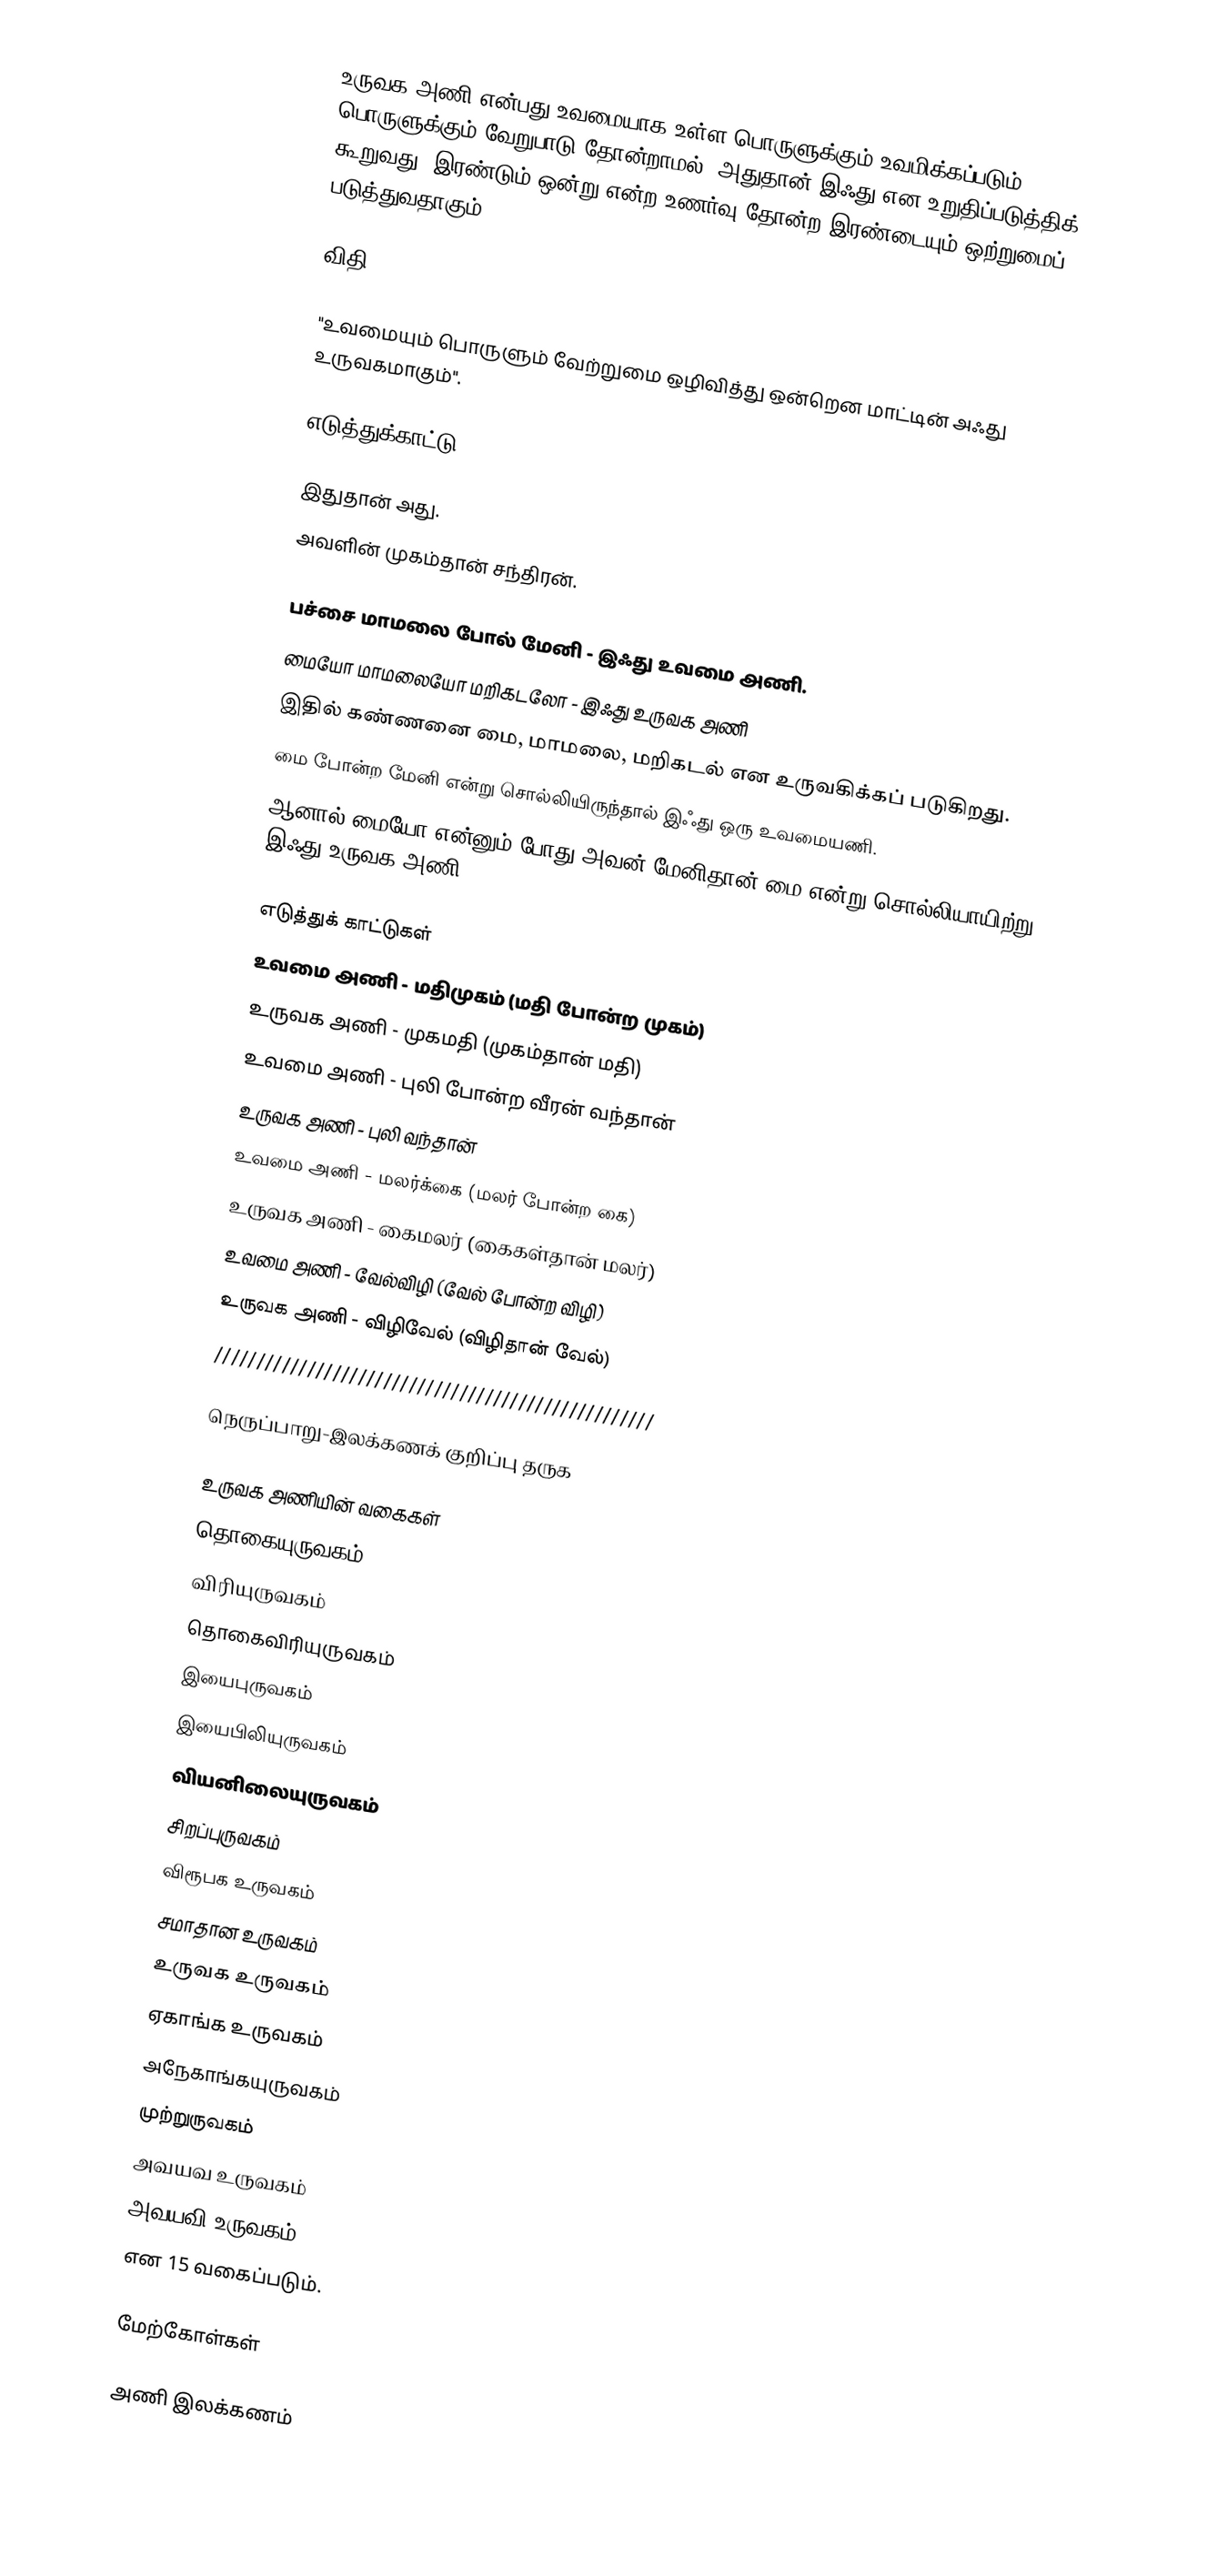
உருவக அணி என்பது உவமையாக உள்ள பொருளுக்கும் உவமிக்கப்படும் பொருளுக்கும் வேறுபாடு தோன்றாமல் (அதுதான் இஃது என உறுதிப்படுத்திக் கூறுவது) இரண்டும் ஒன்று என்ற உணர்வு தோன்ற இரண்டையும் ஒற்றுமைப் படுத்துவதாகும்.

விதி:

    "உவமையும் பொருளும் வேற்றுமை ஒழிவித்து ஒன்றென மாட்டின் அஃது உருவகமாகும்".

எடுத்துக்காட்டு

இதுதான் அது.
அவளின் முகம்தான் சந்திரன்.

 பச்சை மாமலை போல் மேனி - இஃது உவமை அணி.
 மையோ மாமலையோ மறிகடலோ - இஃது உருவக அணி
இதில் கண்ணனை மை, மாமலை, மறிகடல் என உருவகிக்கப் படுகிறது.
மை போன்ற மேனி என்று சொல்லியிருந்தால் இஃது ஒரு உவமையணி.
ஆனால் மையோ என்னும் போது அவன் மேனிதான் மை என்று சொல்லியாயிற்று. இஃது உருவக அணி.

எடுத்துக் காட்டுகள்
 உவமை அணி - மதிமுகம் (மதி போன்ற முகம்)
 உருவக அணி - முகமதி (முகம்தான் மதி)
 உவமை அணி - புலி போன்ற வீரன் வந்தான்
 உருவக அணி - புலி வந்தான்
 உவமை அணி - மலர்க்கை (மலர் போன்ற கை)
 உருவக அணி - கைமலர் (கைகள்தான் மலர்)
 உவமை அணி - வேல்விழி (வேல் போன்ற விழி)
 உருவக அணி - விழிவேல் (விழிதான் வேல்)
////////////////////////////////////////////////////

நெருப்பாறு-இலக்கணக் குறிப்பு தருக

உருவக அணியின் வகைகள்
 தொகையுருவகம்
 விரியுருவகம்
 தொகைவிரியுருவகம்
 இயைபுருவகம்
 இயைபிலியுருவகம்
 வியனிலையுருவகம்
 சிறப்புருவகம்
 விரூபக உருவகம்
 சமாதான உருவகம்
 உருவக உருவகம்
 ஏகாங்க உருவகம்
 அநேகாங்கயுருவகம்
 முற்றுருவகம்
 அவயவ உருவகம்
 அவயவி உருவகம்
என 15 வகைப்படும்.

மேற்கோள்கள்

அணி இலக்கணம்